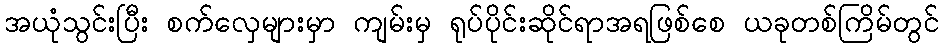
အယုံသွင်းပြီး စက်လှေများမှာ ကျမ်းမှ ရုပ်ပိုင်းဆိုင်ရာအရဖြစ်စေ ယခုတစ်ကြိမ်တွင်